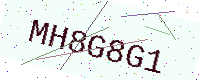
Text: MH8G8G1